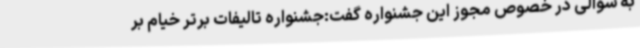
به سوالی در خصوص مجوز این جشنواره گفت:جشنواره تالیفات برتر خیام بر